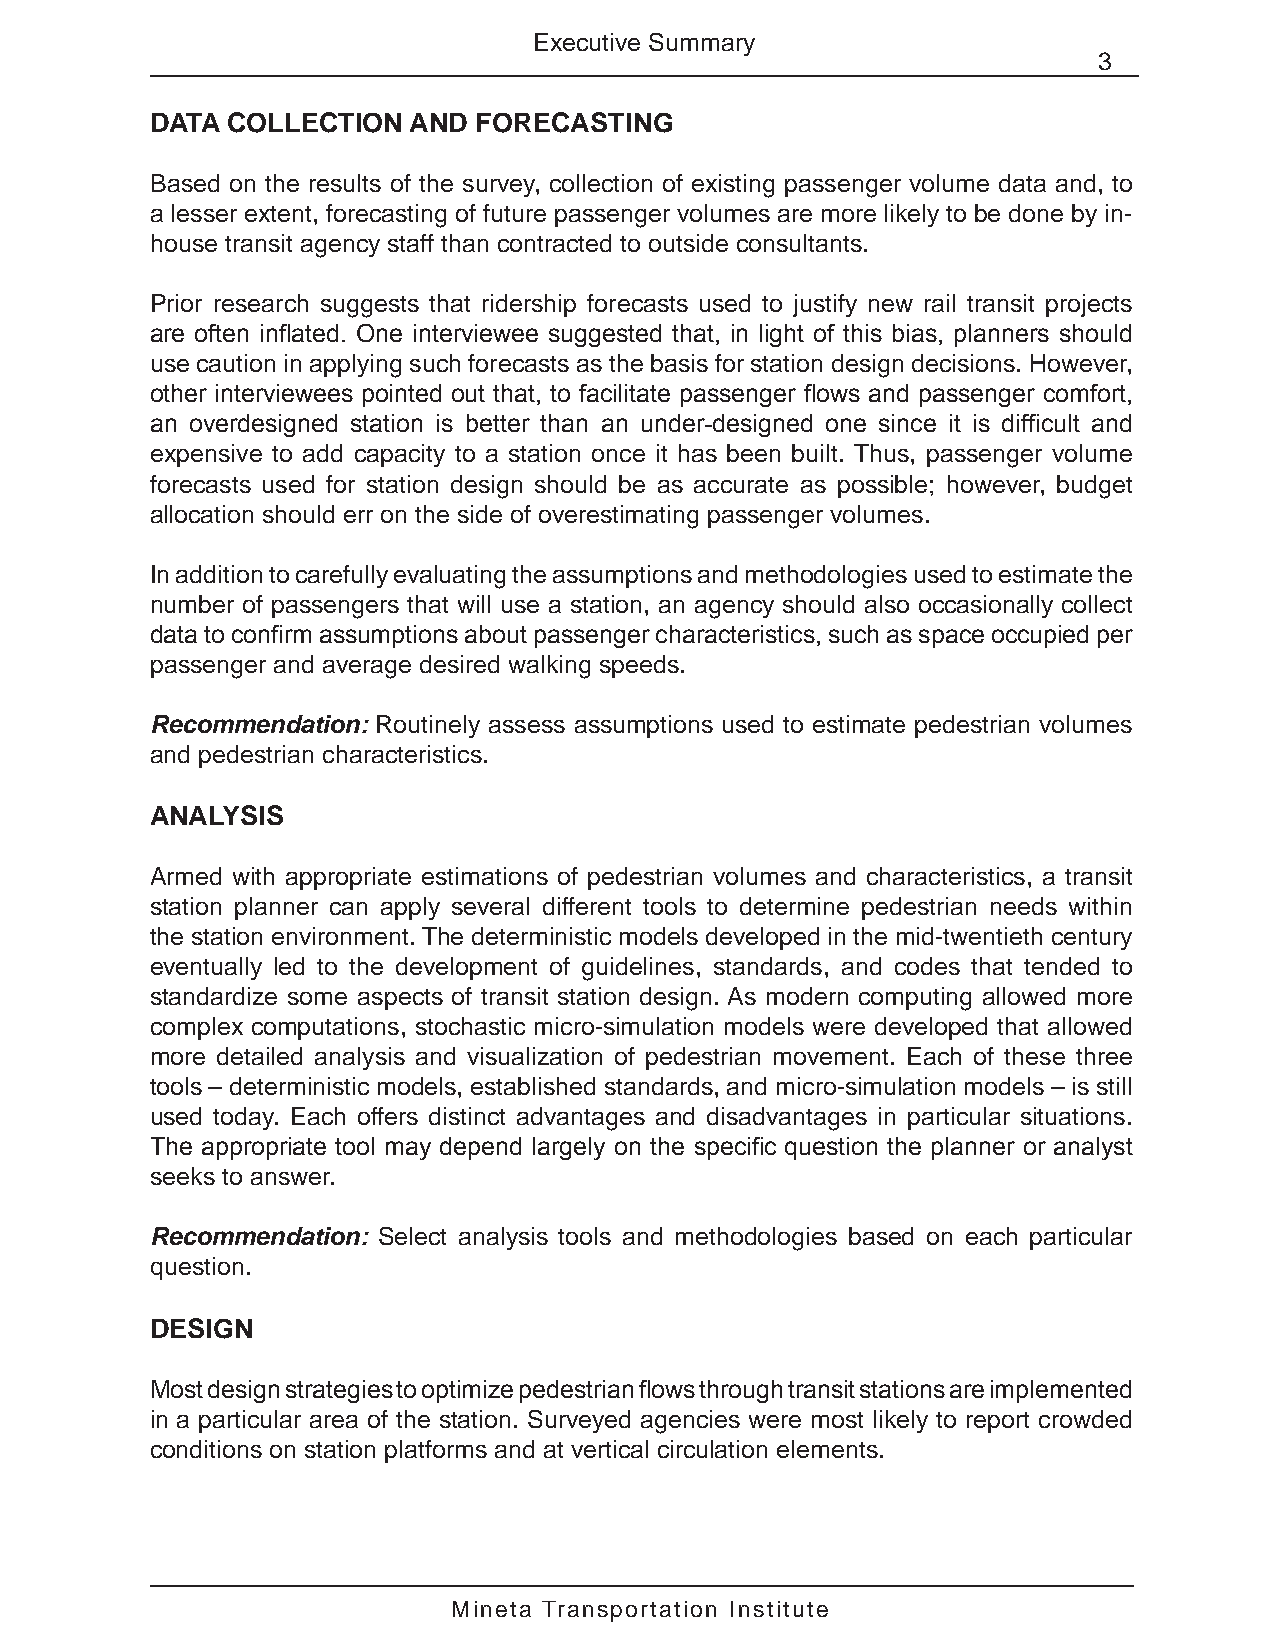
Executive Summary
 3
 DATA COLLECTION  AND  FORECASTING
 Based on the results of the survey, collection of existing passenger volume data and, to
 a lesser extent, forecasting of future passenger volumes are more likely to be done by in-
 house transit agency staff than contracted to outside consultants.
 Prior research suggests that ridership forecasts used to justify new rail transit projects
 are often inflated. One interviewee suggested that, in light of this bias, planners should
 use caution in applying such forecasts as the basis for station design decisions. However,
 other interviewees pointed out that, to facilitate passenger flows and passenger comfort,
 an overdesigned station is better than an under-designed one since it is difficult and
 expensive to add capacity to a station once it has been built. Thus, passenger volume
 forecasts used for station design should be as accurate as possible; however, budget
 allocation should err on the side of overestimating passenger volumes.
 In addition to carefully evaluating the assumptions and methodologies used to estimate the
 number of passengers that will use a station, an agency should also occasionally collect
 data to confirm assumptions about passenger characteristics, such as space occupied per
 passenger and average desired walking speeds.
 Recommendation: Routinely assess assumptions used to estimate pedestrian volumes
 and pedestrian characteristics.
 ANALYSIS
 Armed with appropriate estimations of pedestrian volumes and characteristics, a transit
 station planner can apply several different tools to determine pedestrian needs within
 the station environment. The deterministic models developed in the mid-twentieth century
 eventually led to the development of guidelines, standards, and codes that tended to
 standardize some aspects of transit station design. As modern computing allowed more
 complex computations, stochastic micro-simulation models were developed that allowed
 more detailed analysis and visualization of pedestrian movement. Each of these three
 tools – deterministic models, established standards, and micro-simulation models – is still
 used today. Each offers distinct advantages and disadvantages in particular situations.
 The appropriate tool may depend largely on the specific question the planner or analyst
 seeks to answer.
 Recommendation: Select analysis tools and methodologies based on each particular
 question.
 DESIGN
 Most design strategies to optimize pedestrian flows through transit stations are implemented
 in a particular area of the station. Surveyed agencies were most likely to report crowded
 conditions on station platforms and at vertical circulation elements.
 Mineta Transportation Institute